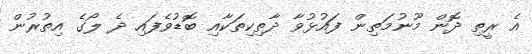
އެ ރީތި ދޮން މޫނުމަތިން ފައުޅުވާ ދާތިކިތަކާއި ބޮޑުވެފައި ދެ ލޯގެ އިތުރުން